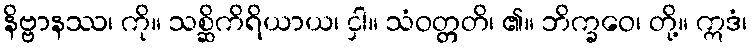
နိဗ္ဗာနဿ၊ ကို။ သစ္ဆိကိရိယာယ၊ ငှါ။ သံဝတ္တတိ၊ ၏။ ဘိက္ခဝေ၊ တို့။ ဣဒံ၊